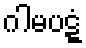
ဂါမပဋ္ဋံ